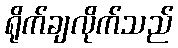
ရိုက်ချလိုက်သည်